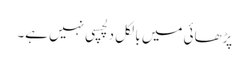
پڑھائی میں بالکل دلچسپی نہیں ہے۔